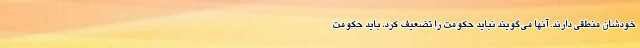
خودشان منطقی دارند. آنها می‌گویند نباید حکومت را تضعیف کرد، باید حکومت